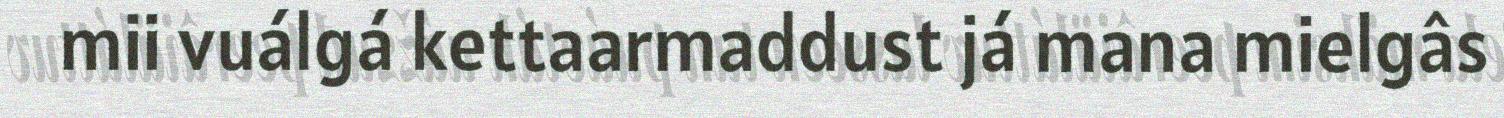
mii vuálgá kettaarmaddust já mana mielgâs